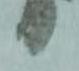
り